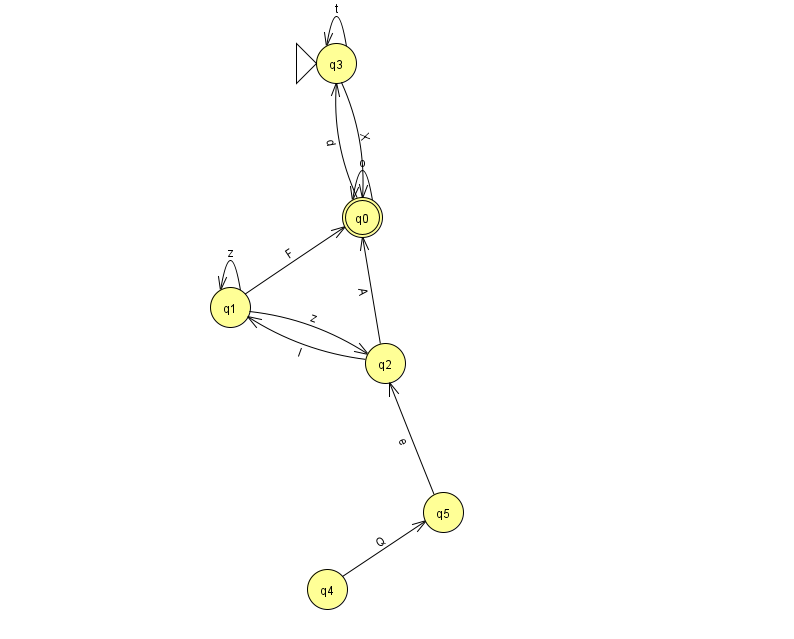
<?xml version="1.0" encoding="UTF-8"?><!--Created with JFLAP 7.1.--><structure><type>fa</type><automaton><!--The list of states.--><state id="0" name="q0"><x>362.0</x><y>204.0</y><final/></state><state id="1" name="q1"><x>230.0</x><y>294.0</y></state><state id="2" name="q2"><x>385.0</x><y>350.0</y></state><state id="3" name="q3"><x>336.0</x><y>50.0</y><initial/></state><state id="4" name="q4"><x>327.0</x><y>576.0</y></state><state id="5" name="q5"><x>443.0</x><y>499.0</y></state><!--The list of transitions.--><transition><from>3</from><to>0</to><read>X</read></transition><transition><from>1</from><to>0</to><read>F</read></transition><transition><from>2</from><to>0</to><read>A</read></transition><transition><from>3</from><to>3</to><read>t</read></transition><transition><from>4</from><to>5</to><read>Q</read></transition><transition><from>5</from><to>2</to><read>e</read></transition><transition><from>1</from><to>1</to><read>z</read></transition><transition><from>2</from><to>1</to><read>l</read></transition><transition><from>0</from><to>3</to><read>d</read></transition><transition><from>1</from><to>2</to><read>z</read></transition><transition><from>0</from><to>0</to><read>o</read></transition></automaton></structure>